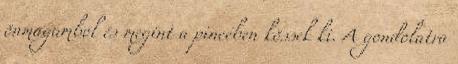
önmagamból és megint a pincében kössek ki. A gondolatra